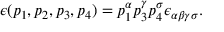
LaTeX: \epsilon ( p _ { 1 } , p _ { 2 } , p _ { 3 } , p _ { 4 } ) = p _ { 1 } ^ { \alpha } p _ { 3 } ^ { \gamma } p _ { 4 } ^ { \sigma } \epsilon _ { \alpha \beta \gamma \sigma } .